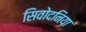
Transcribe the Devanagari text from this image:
सिवोदनिया